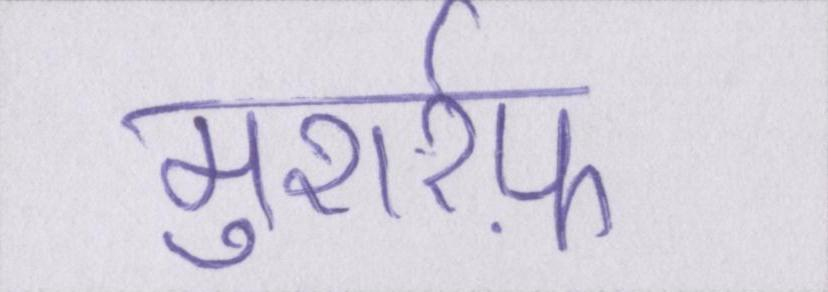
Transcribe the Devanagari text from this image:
मुशर्रफ़